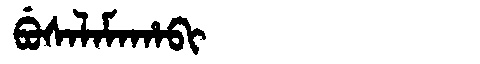
Manchu: ᠪᡠᠰᠠᠯᠠᠮᠠᡥᠠᠪᡳ
Romanization: BUSALAMAHABI